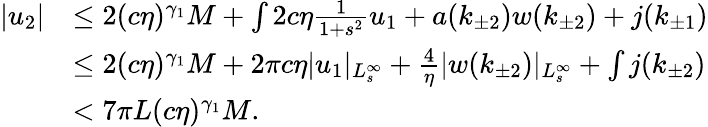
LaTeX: \begin{array}{rl}{\vert u_{2}\vert}&{\le 2(c\eta)^{\gamma_{1}}M+\int 2c\eta\frac 1{1+s^{2}}u_{1}+a(k_{\pm 2})w(k_{\pm 2})+j(k_{\pm 1})}\\ &{\le 2(c\eta)^{\gamma_{1}}M+2\pi c\eta\vert u_{1}\vert_{L_{s}^{\infty}}+\frac 4\eta\vert w(k_{\pm 2})\vert_{L_{s}^{\infty}}+\int j(k_{\pm 2})}\\ &{<7\pi L(c\eta)^{\gamma_{1}}M.}\end{array}